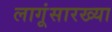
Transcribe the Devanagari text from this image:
लागूंसारख्या